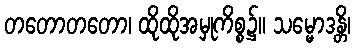
တတောတတော၊ ထိုထိုအမှုကိစ္စ၌။ သမ္မောဒန္တိ၊